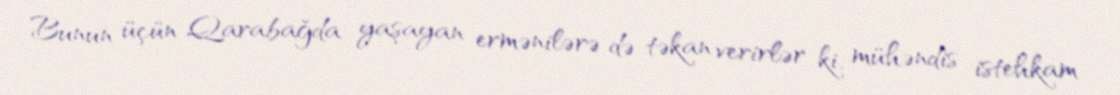
Bunun üçün Qarabağda yaşayan ermənilərə də təkan verirlər ki, mühəndis istehkam